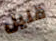
قليل